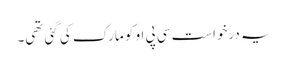
یہ درخواست سی پی او کو مارک کی گئی تھی۔